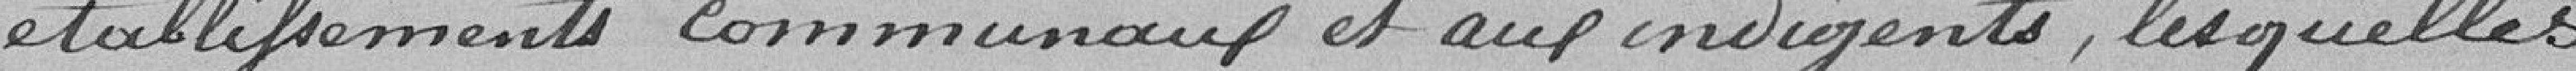
établissements communaux et aux indigents, lesquelles